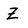
Character: Z